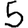
Digit: 5